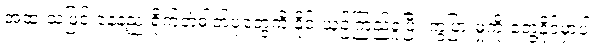
အထူးသဖြင့် နေနဲ့ည ရိုက်တဲ့ဓါတ်ပုံတွေကို နိုင်းယှဉ်ကြည့်ရှုပြီး ကွဲပြားမှုကို တွေ့နိုင်မှာပါ။